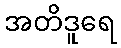
အတိဒူရေ